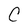
Character: C